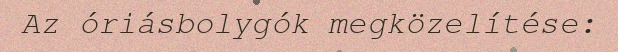
Az óriásbolygók megközelítése: